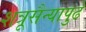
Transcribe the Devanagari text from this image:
शत्रूसैन्यापुढे